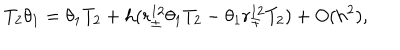
T _ { 2 } \theta _ { 1 } = \theta _ { 1 } T _ { 2 } + h ( r _ { \pm } ^ { 1 2 } \theta _ { 1 } T _ { 2 } - \theta _ { 1 } r _ { \mp } ^ { 1 2 } T _ { 2 } ) + O ( h ^ { 2 } ) ,